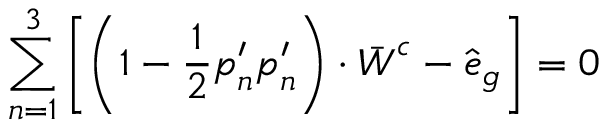
\sum _ { n = 1 } ^ { 3 } \left[ \left( \mathbb { 1 } - \frac { 1 } { 2 } \boldsymbol { p } _ { n } ^ { \prime } \boldsymbol { p } _ { n } ^ { \prime } \right) \cdot \bar { \boldsymbol { W } } ^ { c } - \hat { \boldsymbol { e } } _ { g } \right] = 0